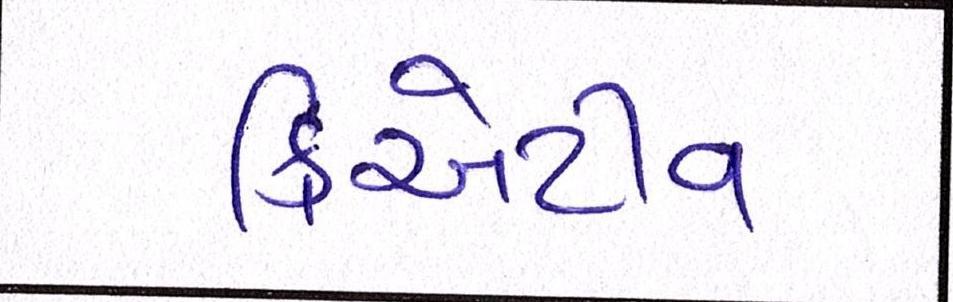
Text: ક્રિએટીવ